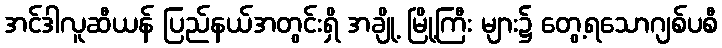
အင်ဒါလူဆီယန် ပြည်နယ်အတွင်းရှိ အချို့ မြို့ကြီး များ၌ တွေ့ရသောဂျစ်ပစီ